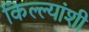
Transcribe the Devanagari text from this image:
किल्ल्यांशी